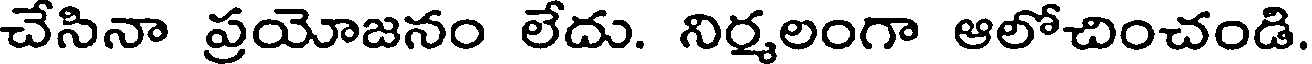
చేసినా ప్రయోజనం లేదు. నిర్మలంగా ఆలోచించండి